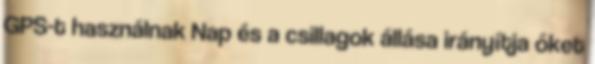
GPS-t használnak Nap és a csillagok állása irányítja őket